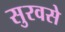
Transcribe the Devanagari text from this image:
सुरवसे